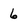
Character: 6